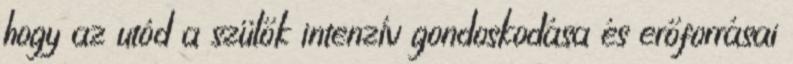
hogy az utód a szülők intenzív gondoskodása és erőforrásai